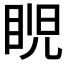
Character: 𥆩